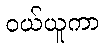
ဝယ်ယူကာ